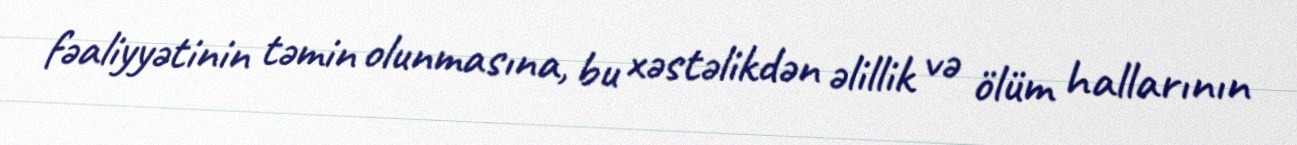
fəaliyyətinin təmin olunmasına, bu xəstəlikdən əlillik və ölüm hallarının